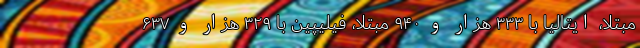
مبتلا، ایتالیا با ۳۳۳ هزار و ۹۴۰ مبتلا، فیلیپین با ۳۲۹ هزار و ۶۳۷